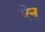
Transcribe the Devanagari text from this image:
ऐनू